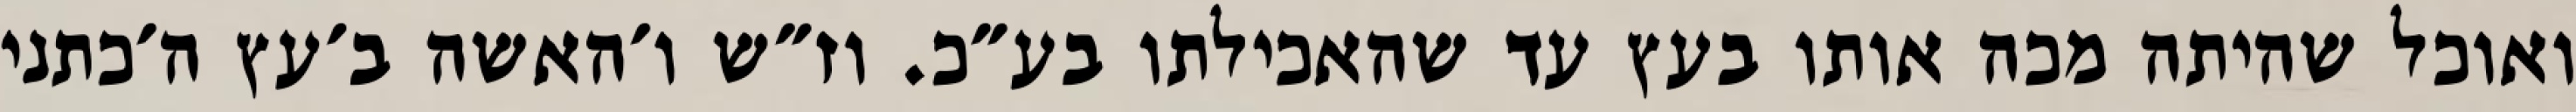
ואוכל שהיתה מכה אותו בעץ עד שהאכילתו בע״כ. וז״ש ו׳האשה ב׳עץ ה׳כתני